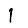
Digit: 1